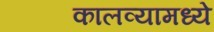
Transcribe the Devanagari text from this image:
कालव्यामध्ये